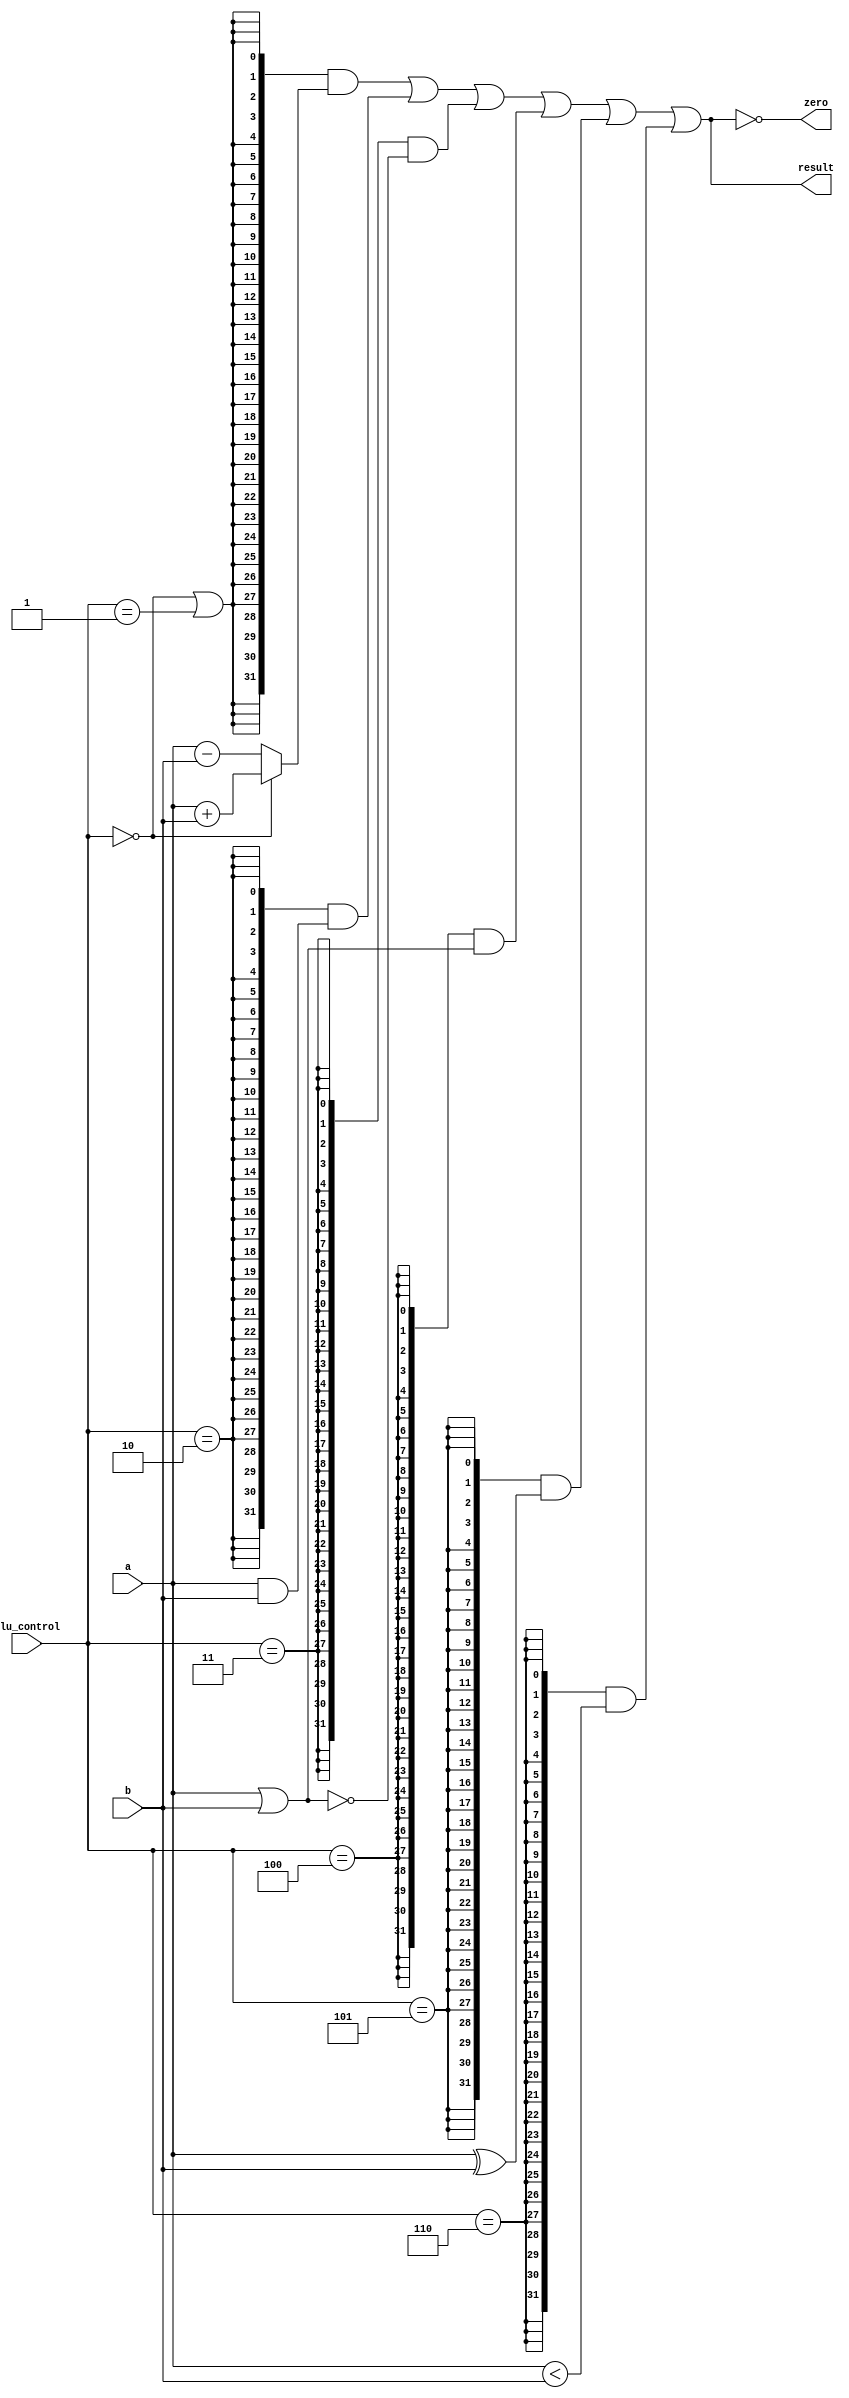
`timescale 100ps/100ps


module alu(
    input [2:0] alu_control,
    input signed [31:0] a, b,
    output [31:0] result,
    output zero);

    wire [31:0] add_result, sub_result, and_result, nand_result, or_result, xor_result, less_result;

    // Perform arithmetic and logic operations
    assign add_result = a + b;
    assign sub_result = a - b;
    assign and_result = a & b;
    assign nand_result = ~(a | b);
    assign or_result = a | b;
    assign xor_result = a ^ b;
    assign less_result = a < b;

    // Control signals for operation selection
    wire isAdd = (alu_control == 3'd0);
    wire isSub = (alu_control == 3'd1);
    wire isAnd = (alu_control == 3'd2);
    wire isNand = (alu_control == 3'd3);
    wire isOr = (alu_control == 3'd4);
    wire isXor = (alu_control == 3'd5);
    wire isLess = (alu_control == 3'd6);

    // Select the appropriate operation result based on control signals
    assign result = {32{isAdd | isSub}} & (isAdd ? add_result : sub_result)
                  | {32{isAnd}} & and_result
                  | {32{isNand}} & nand_result
                  | {32{isOr}} & or_result
                  | {32{isXor}} & xor_result
                  | {32{isLess}} & less_result;

    // Set the zero if the result is 0
    assign zero = (0 == result);

endmodule